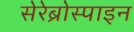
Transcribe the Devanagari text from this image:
सेरेब्रोस्पाइन